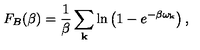
F _ { B } ( \beta ) = \frac { 1 } { \beta } \sum _ { \bf k } \ln \left( 1 - e ^ { - \beta \omega _ { \bf k } } \right) ,